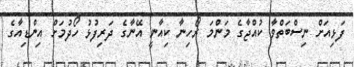
ފަޅިއަށް ނިސްބަތްވާ ކުއްޖާގެ މަންމަ ރޯހިނާ ކިއާނީ އޭނާގެ ދަރިފުޅު ހޯދުމަށް އިންޑިއާގެ